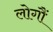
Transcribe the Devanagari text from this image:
लोगौं